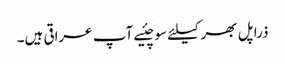
ذرا پل بھر کیلئے سوچئیے آپ عراقی ہیں۔